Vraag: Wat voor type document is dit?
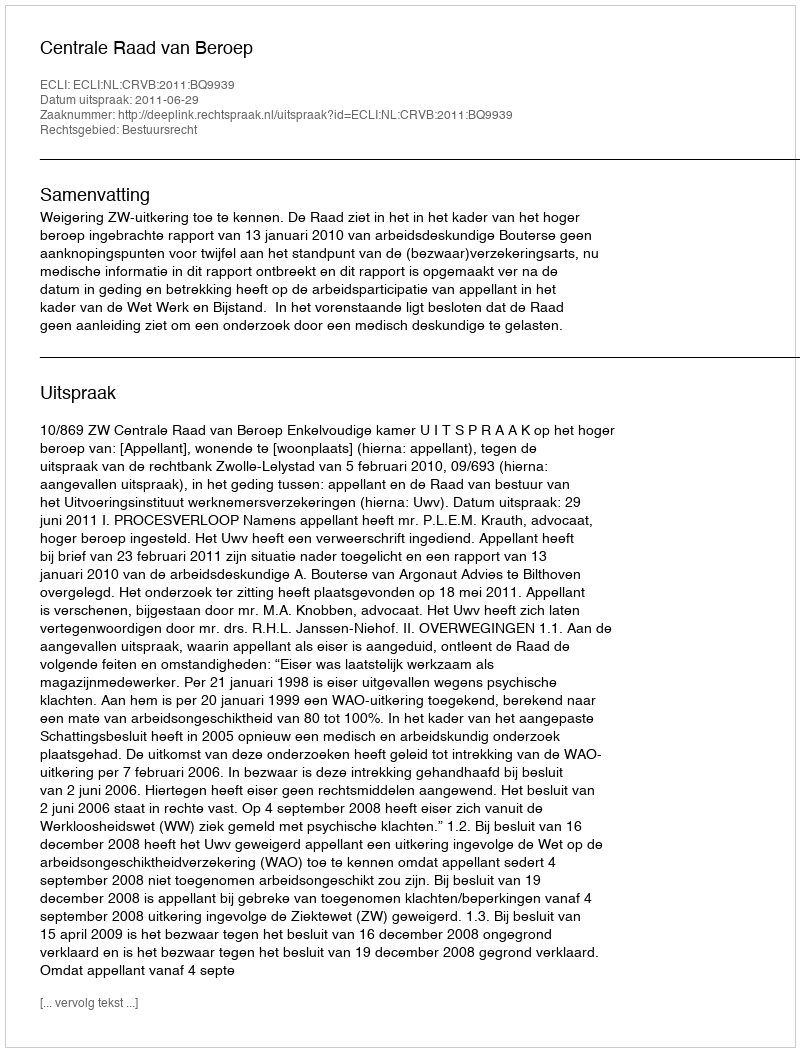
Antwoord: Uitspraak